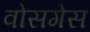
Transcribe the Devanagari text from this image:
वोसगेस